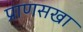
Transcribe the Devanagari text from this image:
प्राणसखा